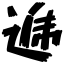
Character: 逓